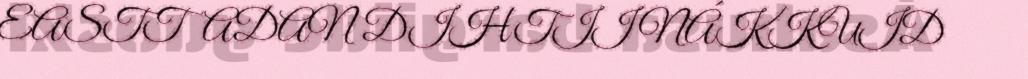
EASTTADAN DIHTII NÁKKUID